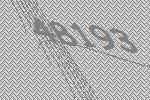
48193